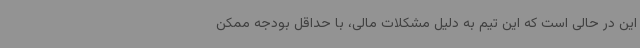
این در حالی است که این تیم به دلیل مشکلات مالی، با حداقل بودجه ممکن